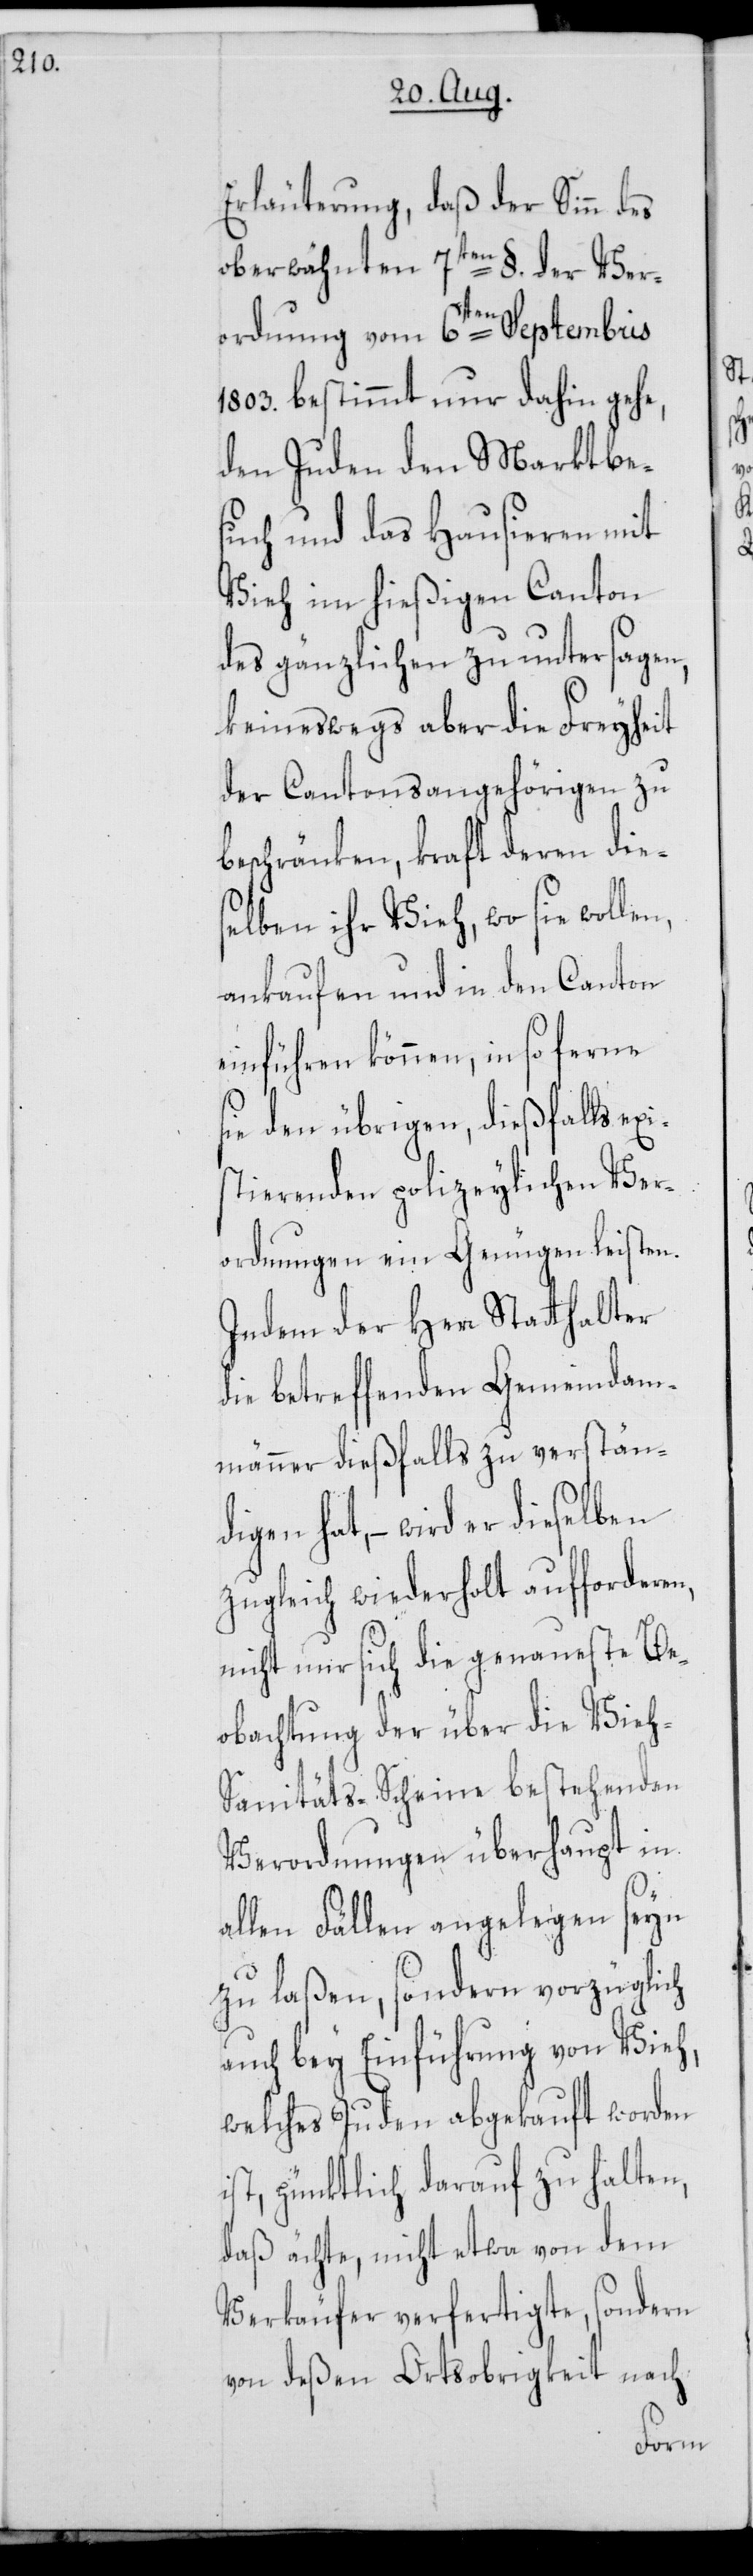
Erläuterung, daß der Sinn des
oberwähnten 7ten §. der Ver¬
ordnung vom 6ten Septembris
1803. bestimmt nur dahin gehe,
den Juden den Marktbe¬
such und das Hausieren mit
Vieh im hießigen Canton
des gänzlichen zu untersagen,
keineswegs aber die Freyheit
der Cantonsangehörigen zu
xis¬
beschränken, kraft deren
elben ihr Vieh, wo sie wolle¬
ankaufen und in den Canton
einführen können, in so ferne
sie den übrigen, dießfalls e¬
tierenden polizeylichen Ver¬
ordnungen ein Genügen leisten.
Indem der Herr Statthalter
die betreffenden Gemeindam¬
männer dießfalls zu verständ¬
igen hat, – wird er dieselben
zugleich wiederholt aufforderen,
nicht nur sich die genaueste Be¬
obachtung der über die Vieh-S¬
anitäts-Scheine bestehenden
Verordnungen überhaupt in
allen Fällen angelegen seyn
zu laßen, sondern vorzüglich
auch bey Einführung von Vieh,
welches Juden abgekauft worden
ist, pünktlich darauf zu halten,
daß ächte, nicht etwa von dem
Verkäufer verfertigte, sondern
von deßen Ortsobrigkeit nach